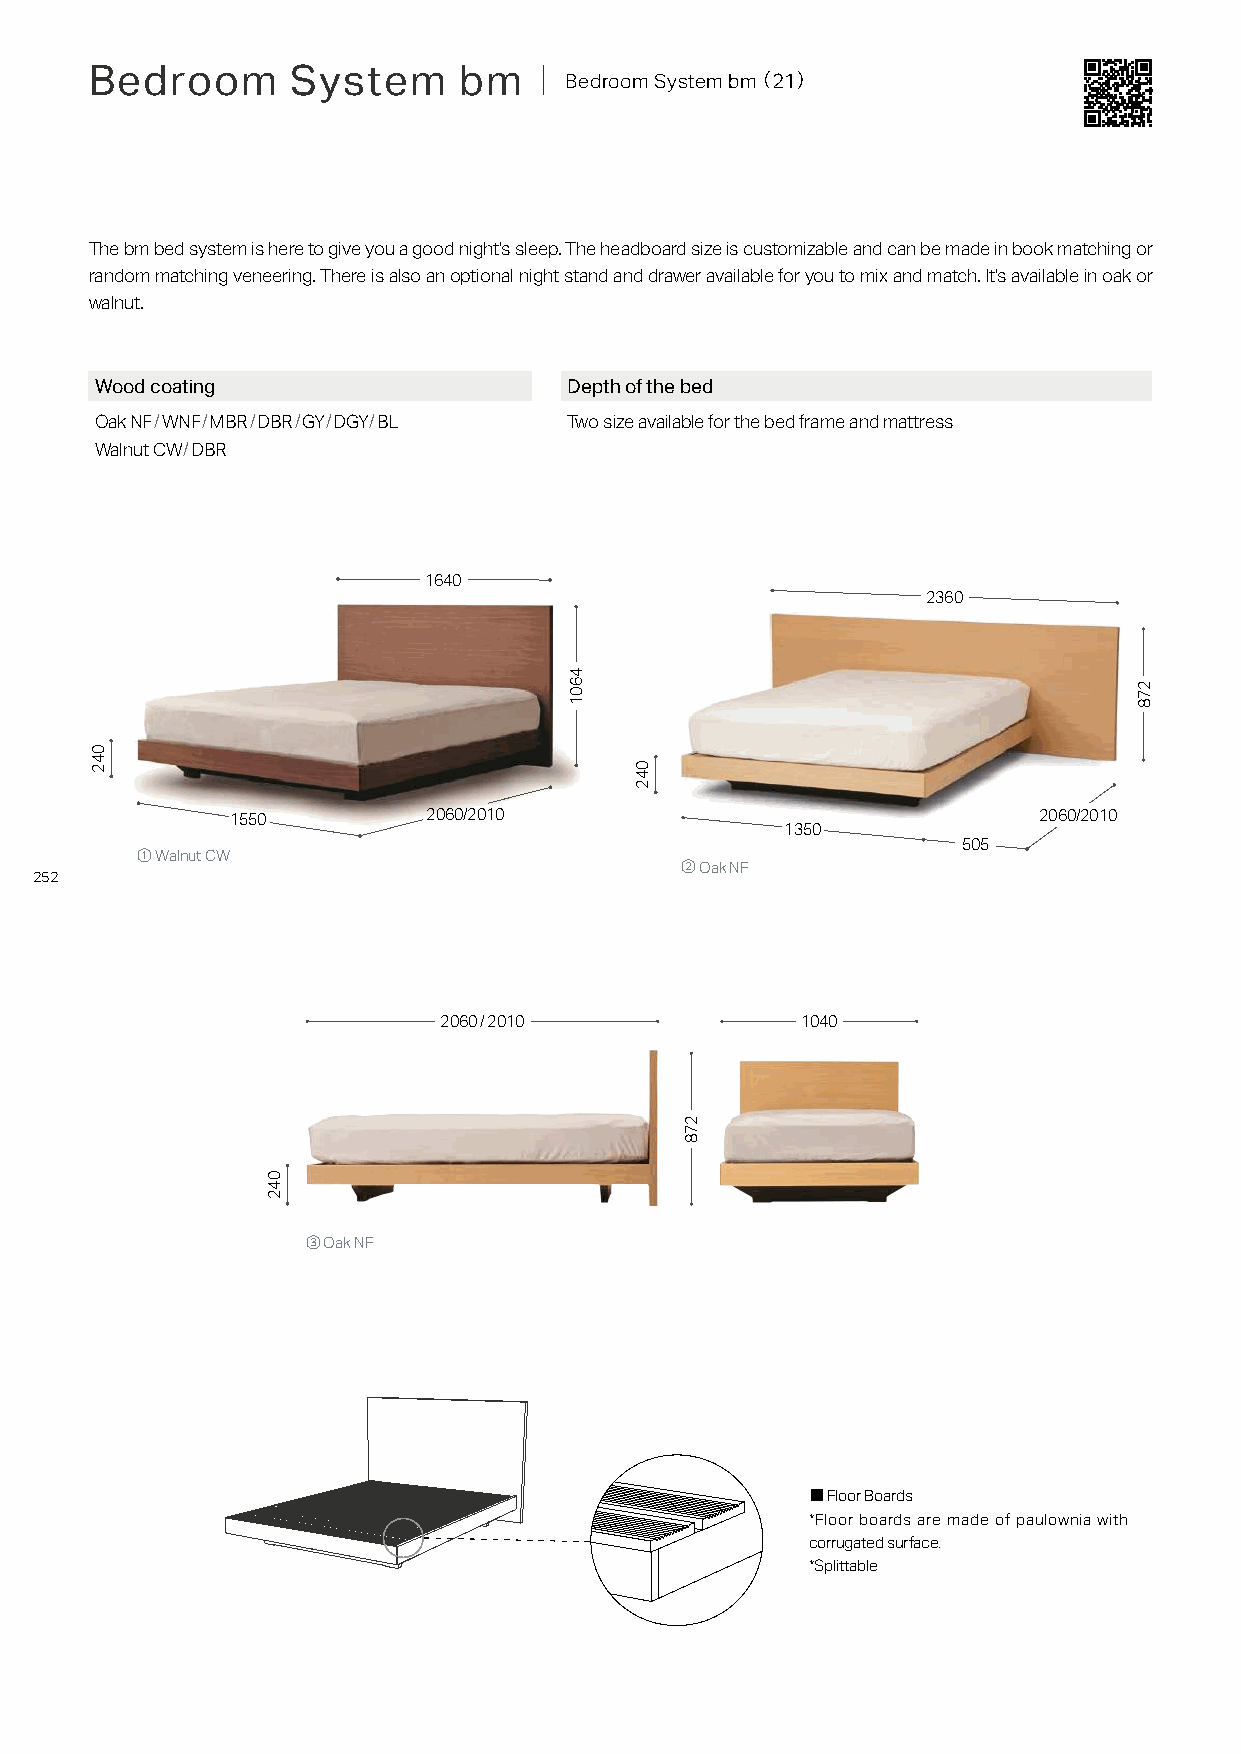
Bedroom      System     bm   ｜ Bedroom System bm（ 21）
 The bm bed system is here to give you a good night's sleep. The headboard size is customizable and can be made in book matching or
 random matching veneering. There is also an optional night stand and drawer available for you to mix and match. It's available in oak or
 walnut.
 Wood coating                    Depth of the bed
 Oak NF/WNF/MBR/DBR/GY/DGY/BL    Two size available for the bed frame and mattress
 Walnut CW/DBR
 1640
 2360
 1550         2060/2010                                2060/2010
 1350
 505
 ① Walnut CW
 ② Oak NF
 252
 2060 / 2010             1040
 ③ Oak NF
 ■ Floor Boards
 *Floor boards are made of paulownia with
 corrugated surface.
 *Splittable
 042
 042
 4601
 042
 278
 278